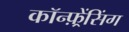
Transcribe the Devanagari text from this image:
कॉन्फ़्रेंसिंग